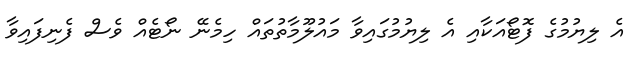
އެ ލިޔުމުގެ ފޮޓޯއަކާއި އެ ލިޔުމުގައިވާ މައުލޫމާތުތައް ހިމެނޭ ނޯޓެއް ވެސް ފެނިފައިވާ